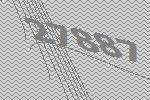
27887